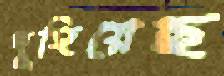
দুহিয়েছ